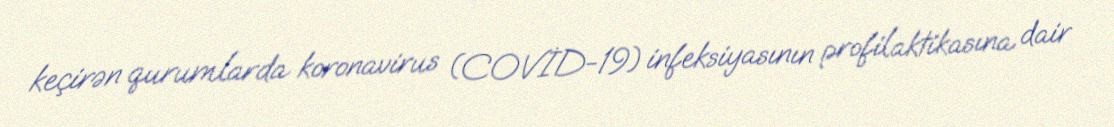
keçirən qurumlarda koronavirus (COVİD-19) infeksiyasının profilaktikasına dair